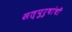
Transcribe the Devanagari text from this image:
सत्‍पुरुषांची